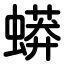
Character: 蟒